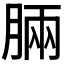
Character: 脼